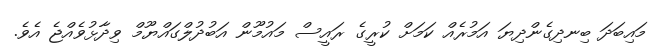
މައިބަދަ ބިނދިގެންދިޔަ އަމުރެއް ކަމަށް ކުރީގެ ރައީސް މައުމޫން އަބުދުލްގައްޔޫމް ވިދާޅުވެއްޖެ އެވެ.